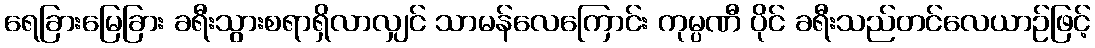
ရေခြားမြေခြား ခရီးသွားစရာရှိလာလျှင် သာမန်လေကြောင်း ကုမ္ပဏီ ပိုင် ခရီးသည်တင်လေယာဉ်ဖြင့်